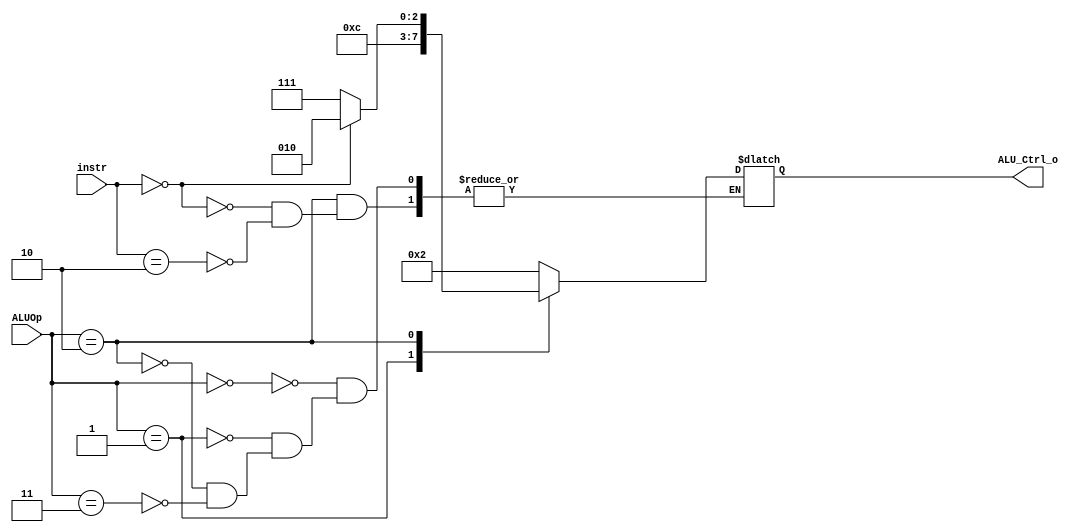

`timescale 1ns/1ps
/*instr[30,14:12]*/
module ALU_Ctrl(
    input       [4-1:0] instr,
    input       [2-1:0] ALUOp,
    output      [4-1:0] ALU_Ctrl_o
);
wire [2:0] func3;
assign func3 = instr[2:0];
/* Write your code HERE */

reg [4-1:0] alu_ctrl_reg;
assign ALU_Ctrl_o = alu_ctrl_reg;

always @(*) begin
    case(ALUOp)
        2'b00: alu_ctrl_reg <= 4'b0010;
        2'b01: alu_ctrl_reg <= 4'b0110;
        2'b10:
            begin
                if(instr == 4'b0000)
                    alu_ctrl_reg <= 4'b0010;
                else if(instr == 4'b0010)
                    alu_ctrl_reg <= 4'b0111;
            end
        2'b11: alu_ctrl_reg <= 4'b0010;
    endcase
end

endmodule